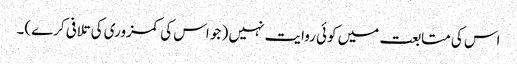
اس کی متابعت میں کوئی روایت نہیں ( جو اس کی کمزوری کی تلافی کرے)۔